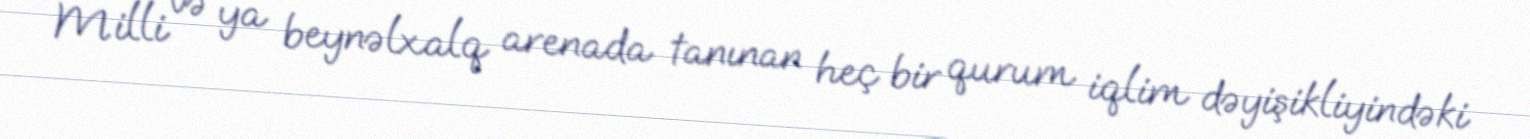
Milli və ya beynəlxalq arenada tanınan heç bir qurum iqlim dəyişikliyindəki